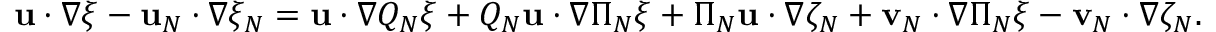
\begin{array} { r } { \mathbf { u } \cdot \nabla \xi - \mathbf { u } _ { N } \cdot \nabla \xi _ { N } = \mathbf { u } \cdot \nabla Q _ { N } \xi + Q _ { N } \mathbf { u } \cdot \nabla \Pi _ { N } \xi + \Pi _ { N } \mathbf { u } \cdot \nabla \zeta _ { N } + \mathbf { v } _ { N } \cdot \nabla \Pi _ { N } \xi - \mathbf { v } _ { N } \cdot \nabla \zeta _ { N } . } \end{array}